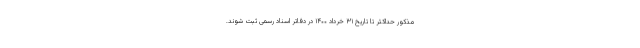
مذکور حداکثر تا تاریخ ۳۱ خرداد ۱۴۰۰ در دفاتر اسناد رسمی ثبت شوند.